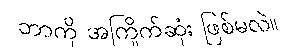
ဘာကို အကြိုက်ဆုံး ဖြစ်မလဲ။